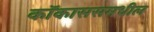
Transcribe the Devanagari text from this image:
कॉकाससमधील